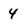
Character: 4